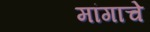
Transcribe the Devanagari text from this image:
मांगाचे